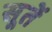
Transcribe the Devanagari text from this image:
सूतें